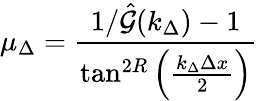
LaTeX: \mu_{\Delta}=\frac{1/\hat{\mathcal{G}}(k_{\Delta})-1}{\tan^{2R}\left(\frac{k_{\Delta}\Delta x}{2}\right)}